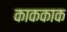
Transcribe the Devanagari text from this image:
काककाक